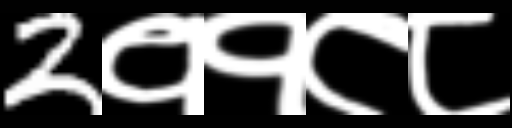
Text: 2११८८